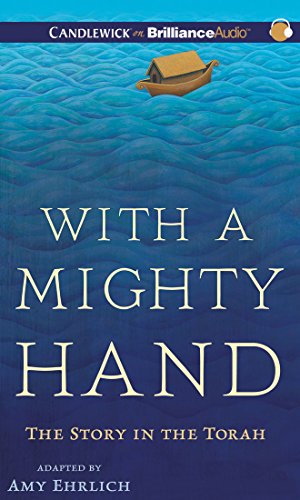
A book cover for With a Mighty Hand: The Story in the Torah; Amy Ehrlich; Teen & Young Adult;